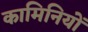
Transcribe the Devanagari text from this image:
कामिनियों